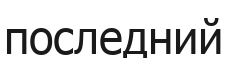
последний